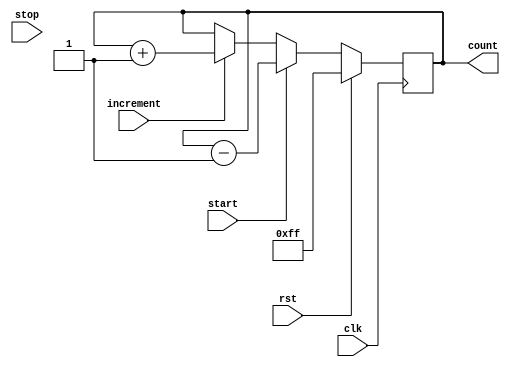
module CountdownTimer (
    input wire clk,        // Synchronous clock input
    input wire rst,        // Reset signal
    input wire start,      // Start signal
    input wire stop,       // Stop signal
    input wire increment,  // Increment signal
    output reg [7:0] count // Countdown value
);

always @ (posedge clk) begin
    if (rst) begin
        count <= 8'hFF; // Initialize countdown value to maximum
    end else begin
        if (start) begin
            count <= count - 1; // Decrement countdown value
        end else if (increment) begin
            count <= count + 1; // Increment countdown value
        end
    end
end

endmodule